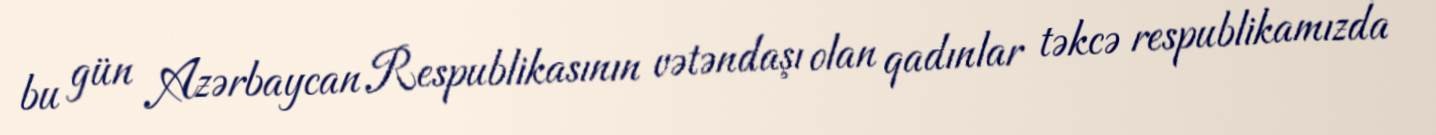
bu gün Azərbaycan Respublikasının vətəndaşı olan qadınlar təkcə respublikamızda